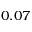
0 . 0 7